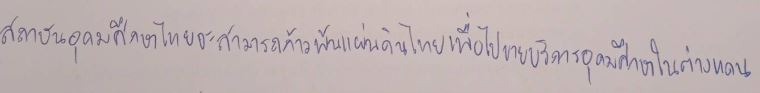
สถาบันอุดมศึกษาไทยจะสามารถก้าวพ้นแผ่นดินไทยเพื่อไปขายบริการอุดมศึกษาในต่างแดน